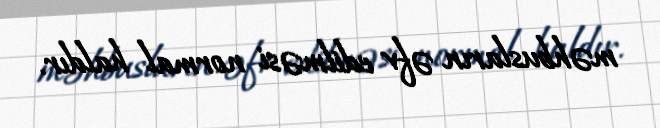
məhbusların əfv edilməsi normal haldır.